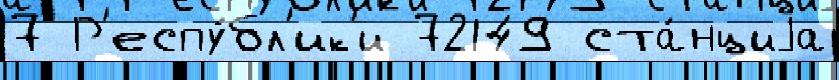
7 Р'еспу́бл'ик'и 72149 ста́нциjа